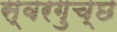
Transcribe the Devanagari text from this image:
स्वरगुच्छ